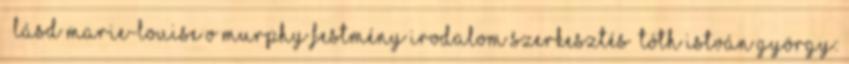
↑ Lásd Marie-Louise O’Murphy festmény Irodalom szerkesztés Tóth István György: